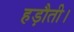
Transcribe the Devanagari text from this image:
हड़ौती।